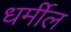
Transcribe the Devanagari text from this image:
धर्मील